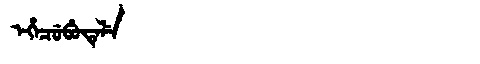
Manchu: ᡝᡥᡝᠴᡠᠪᡠᡨᡝᠯᡝ
Romanization: EHECUBUTELE